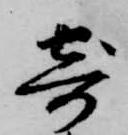
寄